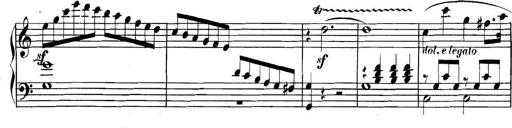
Title: Collected Piano Sonatas
Composer: Muzio Clementi